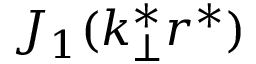
J _ { 1 } ( k _ { \perp } ^ { * } r ^ { * } )